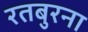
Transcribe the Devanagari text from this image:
रतबुरना